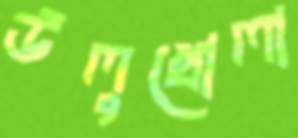
উলুখোলা